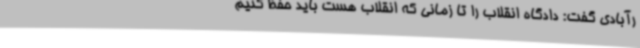
رآبادی گفت: دادگاه انقلاب را تا زمانی که انقلاب هست باید حفظ کنیم